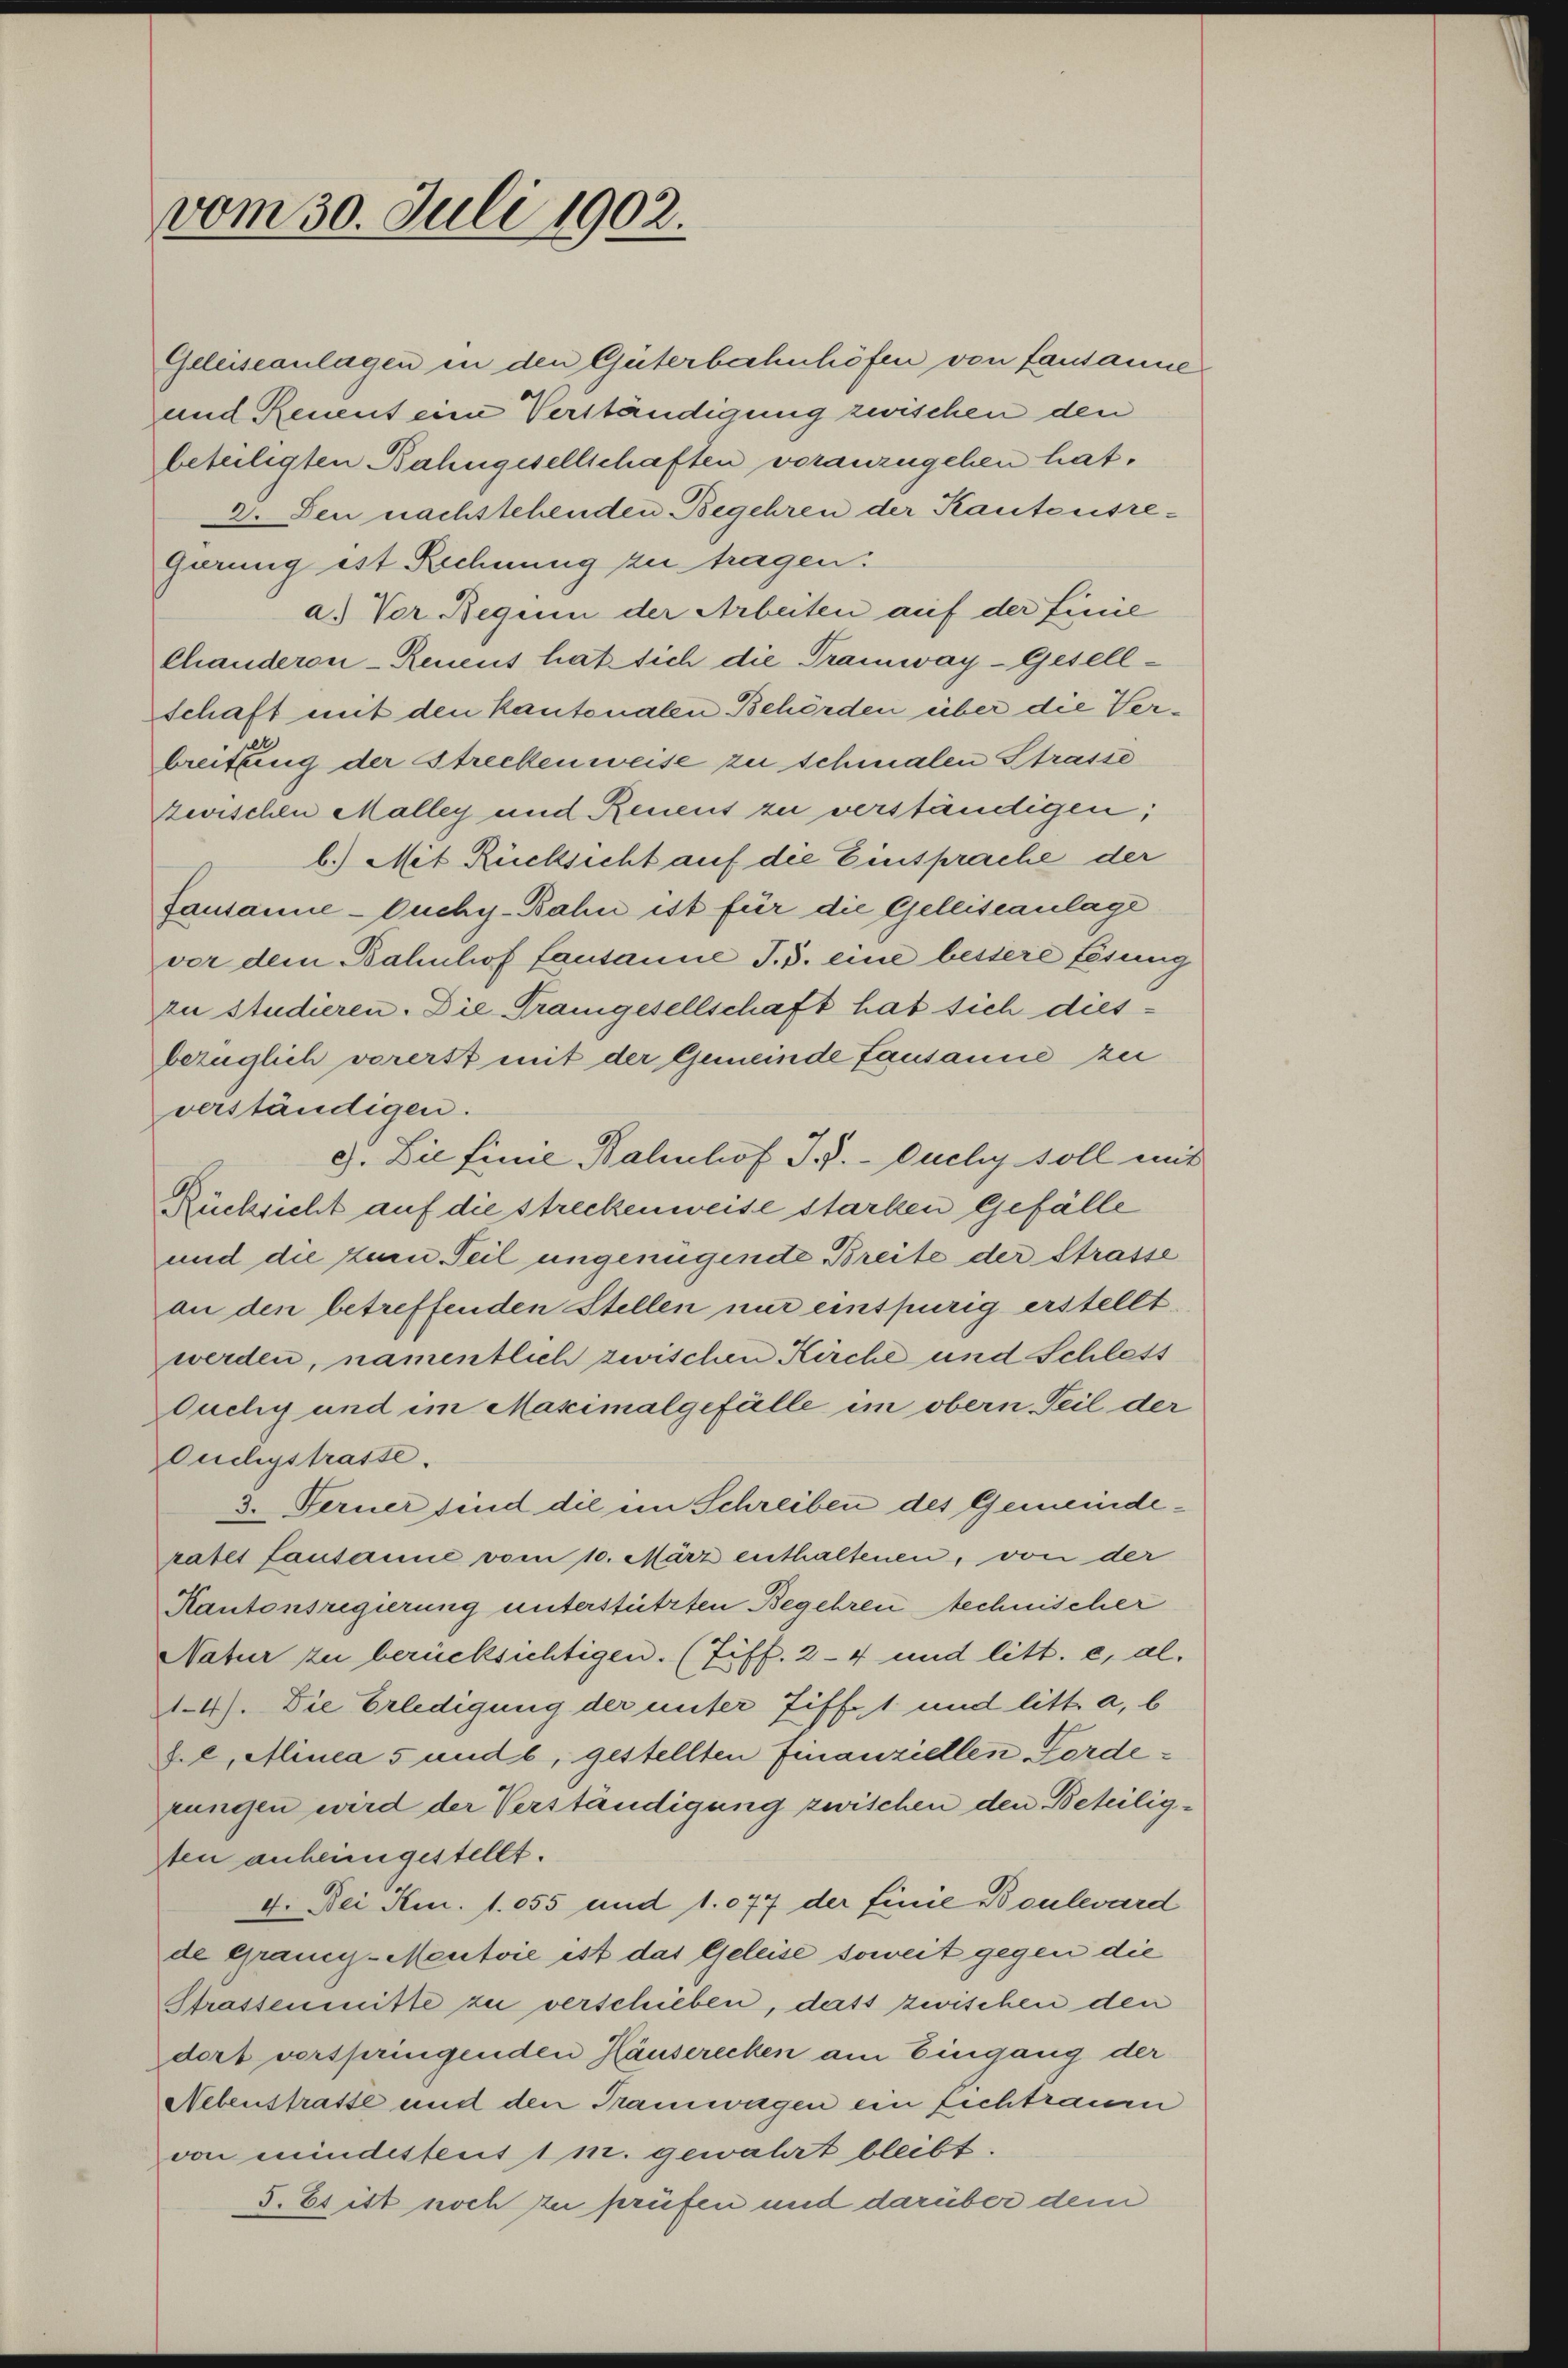
vom 30. Juli 1902.

Geleiseanlagen in den Güterbahnhöfen von Lausanne
und Renent eine Verständigung zwischen den
beteiligten Bahngesellschaften voranzugehen hat.
2. Den nachstehenden Begehren der Kantonsre¬
Garung ist Rechnung zu tragen:
a.) Vor Beguin der Arbeiten auf der Linie
Chanderon-Reneus hat sich die Tramway-Gesell-
schaft mit den kantonalen Behörden über die Verbreitung der Streckenweise zu schmalen Strasse
zwischen Malley und Renens zu verständigen;
b.) Mit Rücksicht auf die Einsprache der
Lausanne-Cuchy-Bahn ist für die Geleiseanlage
vor dem Bahnhof Lausanne J. J. eine bessere Lösung
zu studieren. Die Trangesellschaft hat sich dies-
bezüglich vorerst mit der Gemeinde Lausanne zu
verständigen.
9). Die finie Bahnhof I.V. - Ouchy soll mit
Rücksicht auf die streckenweise starken gefälle
und die zum Teil ungenügende Breite der Strasse
an den betreffenden Stellen nur einspurig erstellt
werden, namentlich zwischen Kirche und Schless
Ouchy und im Maximalgefälle im obern Teil der
Ouchystrasse.
3. Ferner sind die im Schreiben des Gemeinderatet Lausanne vom 10. März enthaltenen, von der
Kantonsregierung unterstützten Begehren technischer
Natur zu berücksichtigen. (Ziff. 24 und litt. e, al
14). Die Erledigung der unter Ziff. 1 und litt. a, b
fel, Alinea 5 und b, gestellten Finanziellen Forderungen wird der Verständigung zwischen den Beteiligten anheimgestellt.
4. Dei Am. 1.055 und 1077 der finie Boulward
de Grancy-Mentoie ist das Geleise soweit gegen die
Strassenmitte zu verschieben, dass zwischen den
dort verspringenden Häuserecken am Eingang der
Nebenstrasse und den Tramwagen ein Lichtrauen
von mindestent 1 m. gewahrt bleibt.
5. Es ist noch zu prüfen und darüber dem